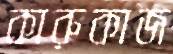
কারুকাজ